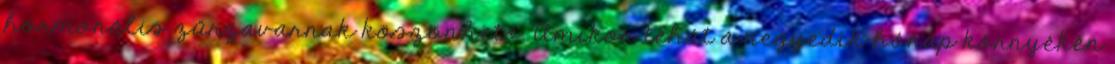
hormonális zűrzavarnak köszönhető. Amikor tehát a negyedik hónap környékén